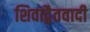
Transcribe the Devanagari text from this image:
शिवाद्वैतवादी